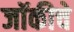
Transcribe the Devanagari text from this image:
जॉकीचे